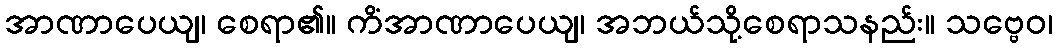
အာဏာပေယျ၊ စေရာ၏။ ကိံအာဏာပေယျ၊ အဘယ်သို့စေရာသနည်း။ သဗ္ဗေဝ၊